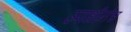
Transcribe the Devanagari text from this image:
उपाधीनेच